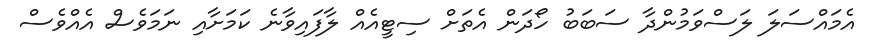
އެމައްސަލަ ލަސްވަމުންދާ ސަބަބު ހޯދަން އެތަށް ސިޓީއެއް ލާފައިވާނެ ކަމަށާއި ނަމަވެސް އެއްވެސް